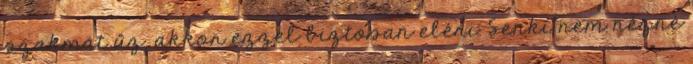
szakmát űz, akkor ezzel biztosan eléri. Senki nem nézné